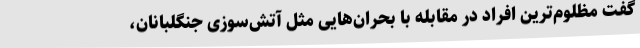
گفت مظلوم‌ترین افراد در مقابله با بحران‌هایی مثل آتش‌سوزی جنگلبانان،